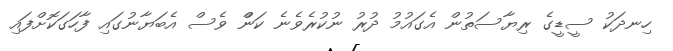
ހިނދަކު ސީޑީގެ ރިޔާސަތުން އެގައުމު ދުރު ނުކުރެވެނެ ކަންް ވެސް އެބަޔާނުގައި ފާހަގަކޮށްފައި